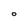
Character: o